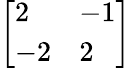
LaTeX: \left[{\begin{array}{ll}{2}&{-1}\\ {-2}&{2}\end{array}}\right]